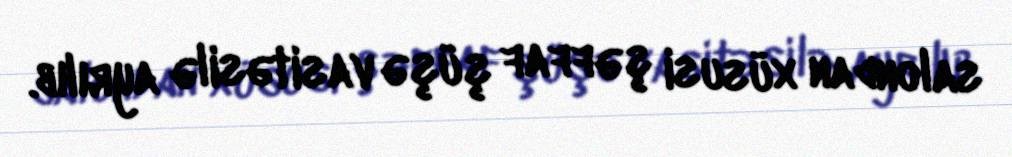
salondan xüsusi şəffaf şüşə vasitəsilə ayrılıb.